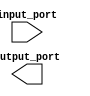
module generate_task (
    input [7:0] input_port,
    output [7:0] output_port
);

reg [7:0] internal_register;

always @ (posedge clk) begin
    // Specific operations or calculations
    internal_register <= input_port + 1;

    // How task responds to inputs
    if (input_port[0] == 1) begin
        internal_register <= input_port - 1;
    end
end

// Timing or synchronization requirements

// Constraints on inputs or outputs

endmodule